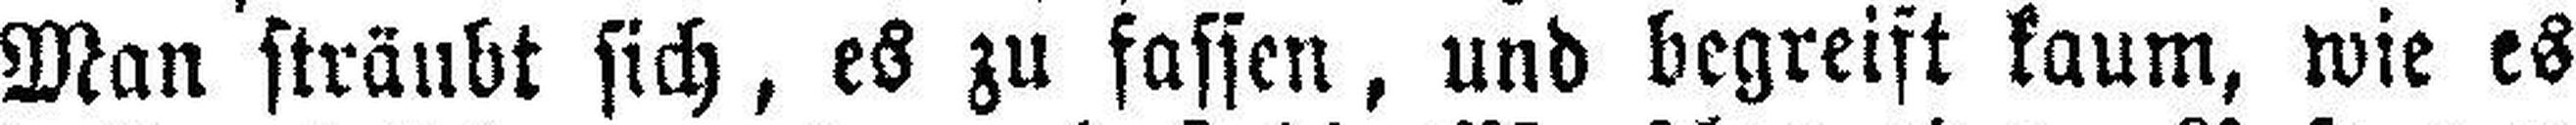
Man sträubt sich, es zu fassen, und begreift kaum, wie es